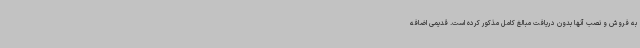
به فروش و نصب آنها بدون دریافت مبالغ کامل مذکور کرده است. قدیمی اضافه